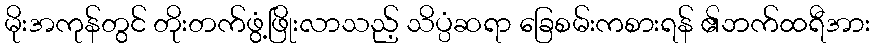
မိုးအကုန်တွင် တိုးတက်ဖွံ့ဖြိုးလာသည့် သိပ္ပံဆရာ ခြေစမ်းကစားရန် ၏ဘက်ထရီအား